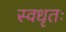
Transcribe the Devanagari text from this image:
स्वधृतः